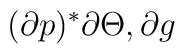
(\partial p)^*\partial \Theta ,\partial g